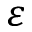
\protect \varepsilon